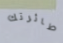
طائرتك